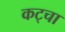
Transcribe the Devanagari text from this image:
कट्चा